Madras plague regulations and rules - Volume 1
Disease focus: Plague
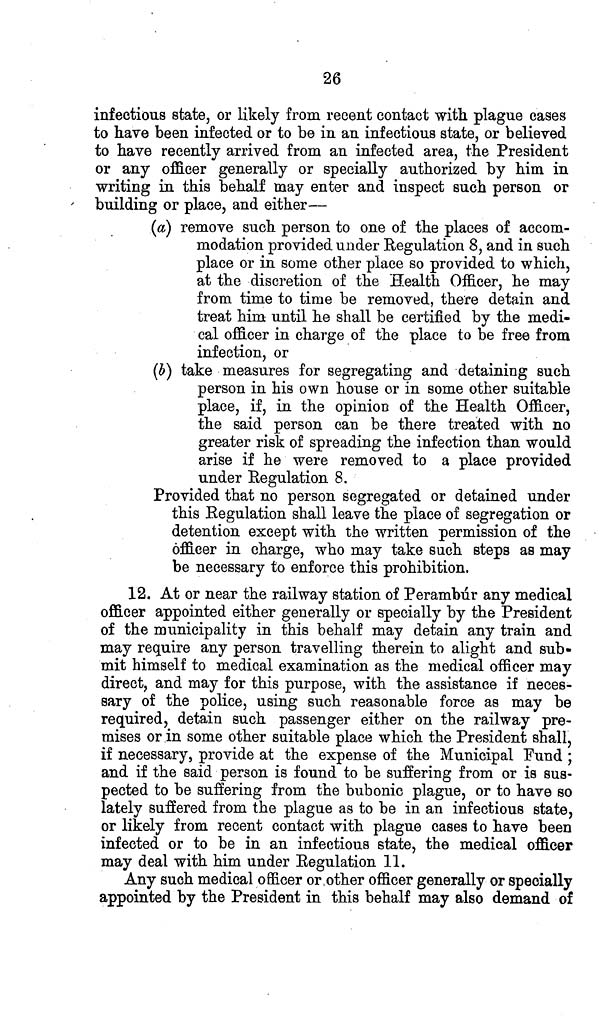
26
infectious state, or likely from recent contact with plague cases
to have been infected or to be in an infectious state, or believed
to have recently arrived from an infected area, the President
or any officer generally or specially authorized by him in
writing in this behalf may enter and inspect such person or
building or place, and either—
(a) remove such person to one of the places of accom-
modation provided under Regulation 8, and in such
place or in some other place so provided to which,
at the discretion of the Health Officer, he may
from time to time be removed, there detain and
treat him until he shall be certified by the medi-
cal officer in charge of the place to be free from
infection, or
(b) take measures for segregating and detaining such
person in his own house or in some other suitable
place, if, in the opinion of the Health Officer,
the said person can be there treated with no
greater risk of spreading the infection than would
arise if he were removed to a place provided
under Regulation 8.
Provided that no person segregated or detained under
this Regulation shall leave the place of segregation or
detention except with the written permission of the
officer in charge, who may take such steps as may
be necessary to enforce this prohibition.
12. At or near the railway station of Perambúr any medical
officer appointed either generally or specially by the President
of the municipality in this behalf may detain any train and
may require any person travelling therein to alight and sub-
mit himself to medical examination as the medical officer may
direct, and may for this purpose, with the assistance if neces-
sary of the police, using such reasonable force as may be
required, detain such passenger either on the railway pre-
mises or in some other suitable place which the President shall,
if necessary, provide at the expense of the Municipal Fund ;
and if the said person is found to be suffering from or is sus-
pected to be suffering from the bubonic plague, or to have so
lately suffered from the plague as to be in an infectious state,
or likely from recent contact with plague cases to have been
infected or to be in an infectious state, the medical officer
may deal with him under Regulation 11.
Any such medical officer or other officer generally or specially
appointed by the President in this behalf may also demand of